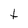
Character: t